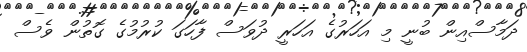
ދަމާސްއިން ބުނީ މި އަހަރުގެ އަހަރީ ދުވަސް ފާހަގަ ކުރުމުގެ ގޮތުން ވެސް